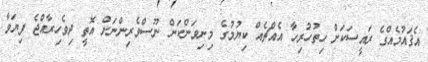
އެޤައުމެއްގެ ރައީސަކަށް ހިތުހުރިހާ އެއްޗެއް ކިޔުމުގެ މިނިވަންކަން ނޫސްވެރިންނަށް އޮތީ ދިވެހިރާއްޖެ ފިޔަވާ